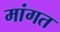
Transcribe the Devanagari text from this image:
मांगत